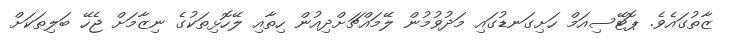
ޒާތުގައެވެ. ޕޮޓޭސިއަމް ހަށިގަނޑުގައި މަދުވުމުން ލޭމައްޗަށްދިއުން ހިތާއި ލޭހޮޅިތަކުގެ ނިޒާމަށް ޖެހޭ ބަލިތަކަށް